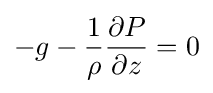
-g-{1 \over \rho }{\partial P \over \partial z}=0